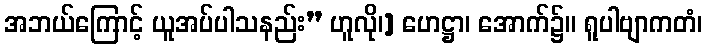
အဘယ်ကြောင့် ယူအပ်ပါသနည်း” ဟူလို၊] ဟေဋ္ဌာ၊ အောက်၌။ ရူပါဗျာကတံ၊